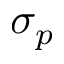
\sigma _ { p }